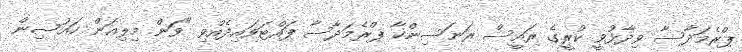
ޕްރެމަދާސާ ވިދާޅުވީ ކުރީގެ ރައީސް ރަނަސިންހާ ޕްރެމަދާސާ ފައްޓަވައިދެއްވި "ވަން މިލިއަން ހައުސިން